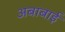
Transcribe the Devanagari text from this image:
अबाबाई